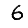
Digit: 6